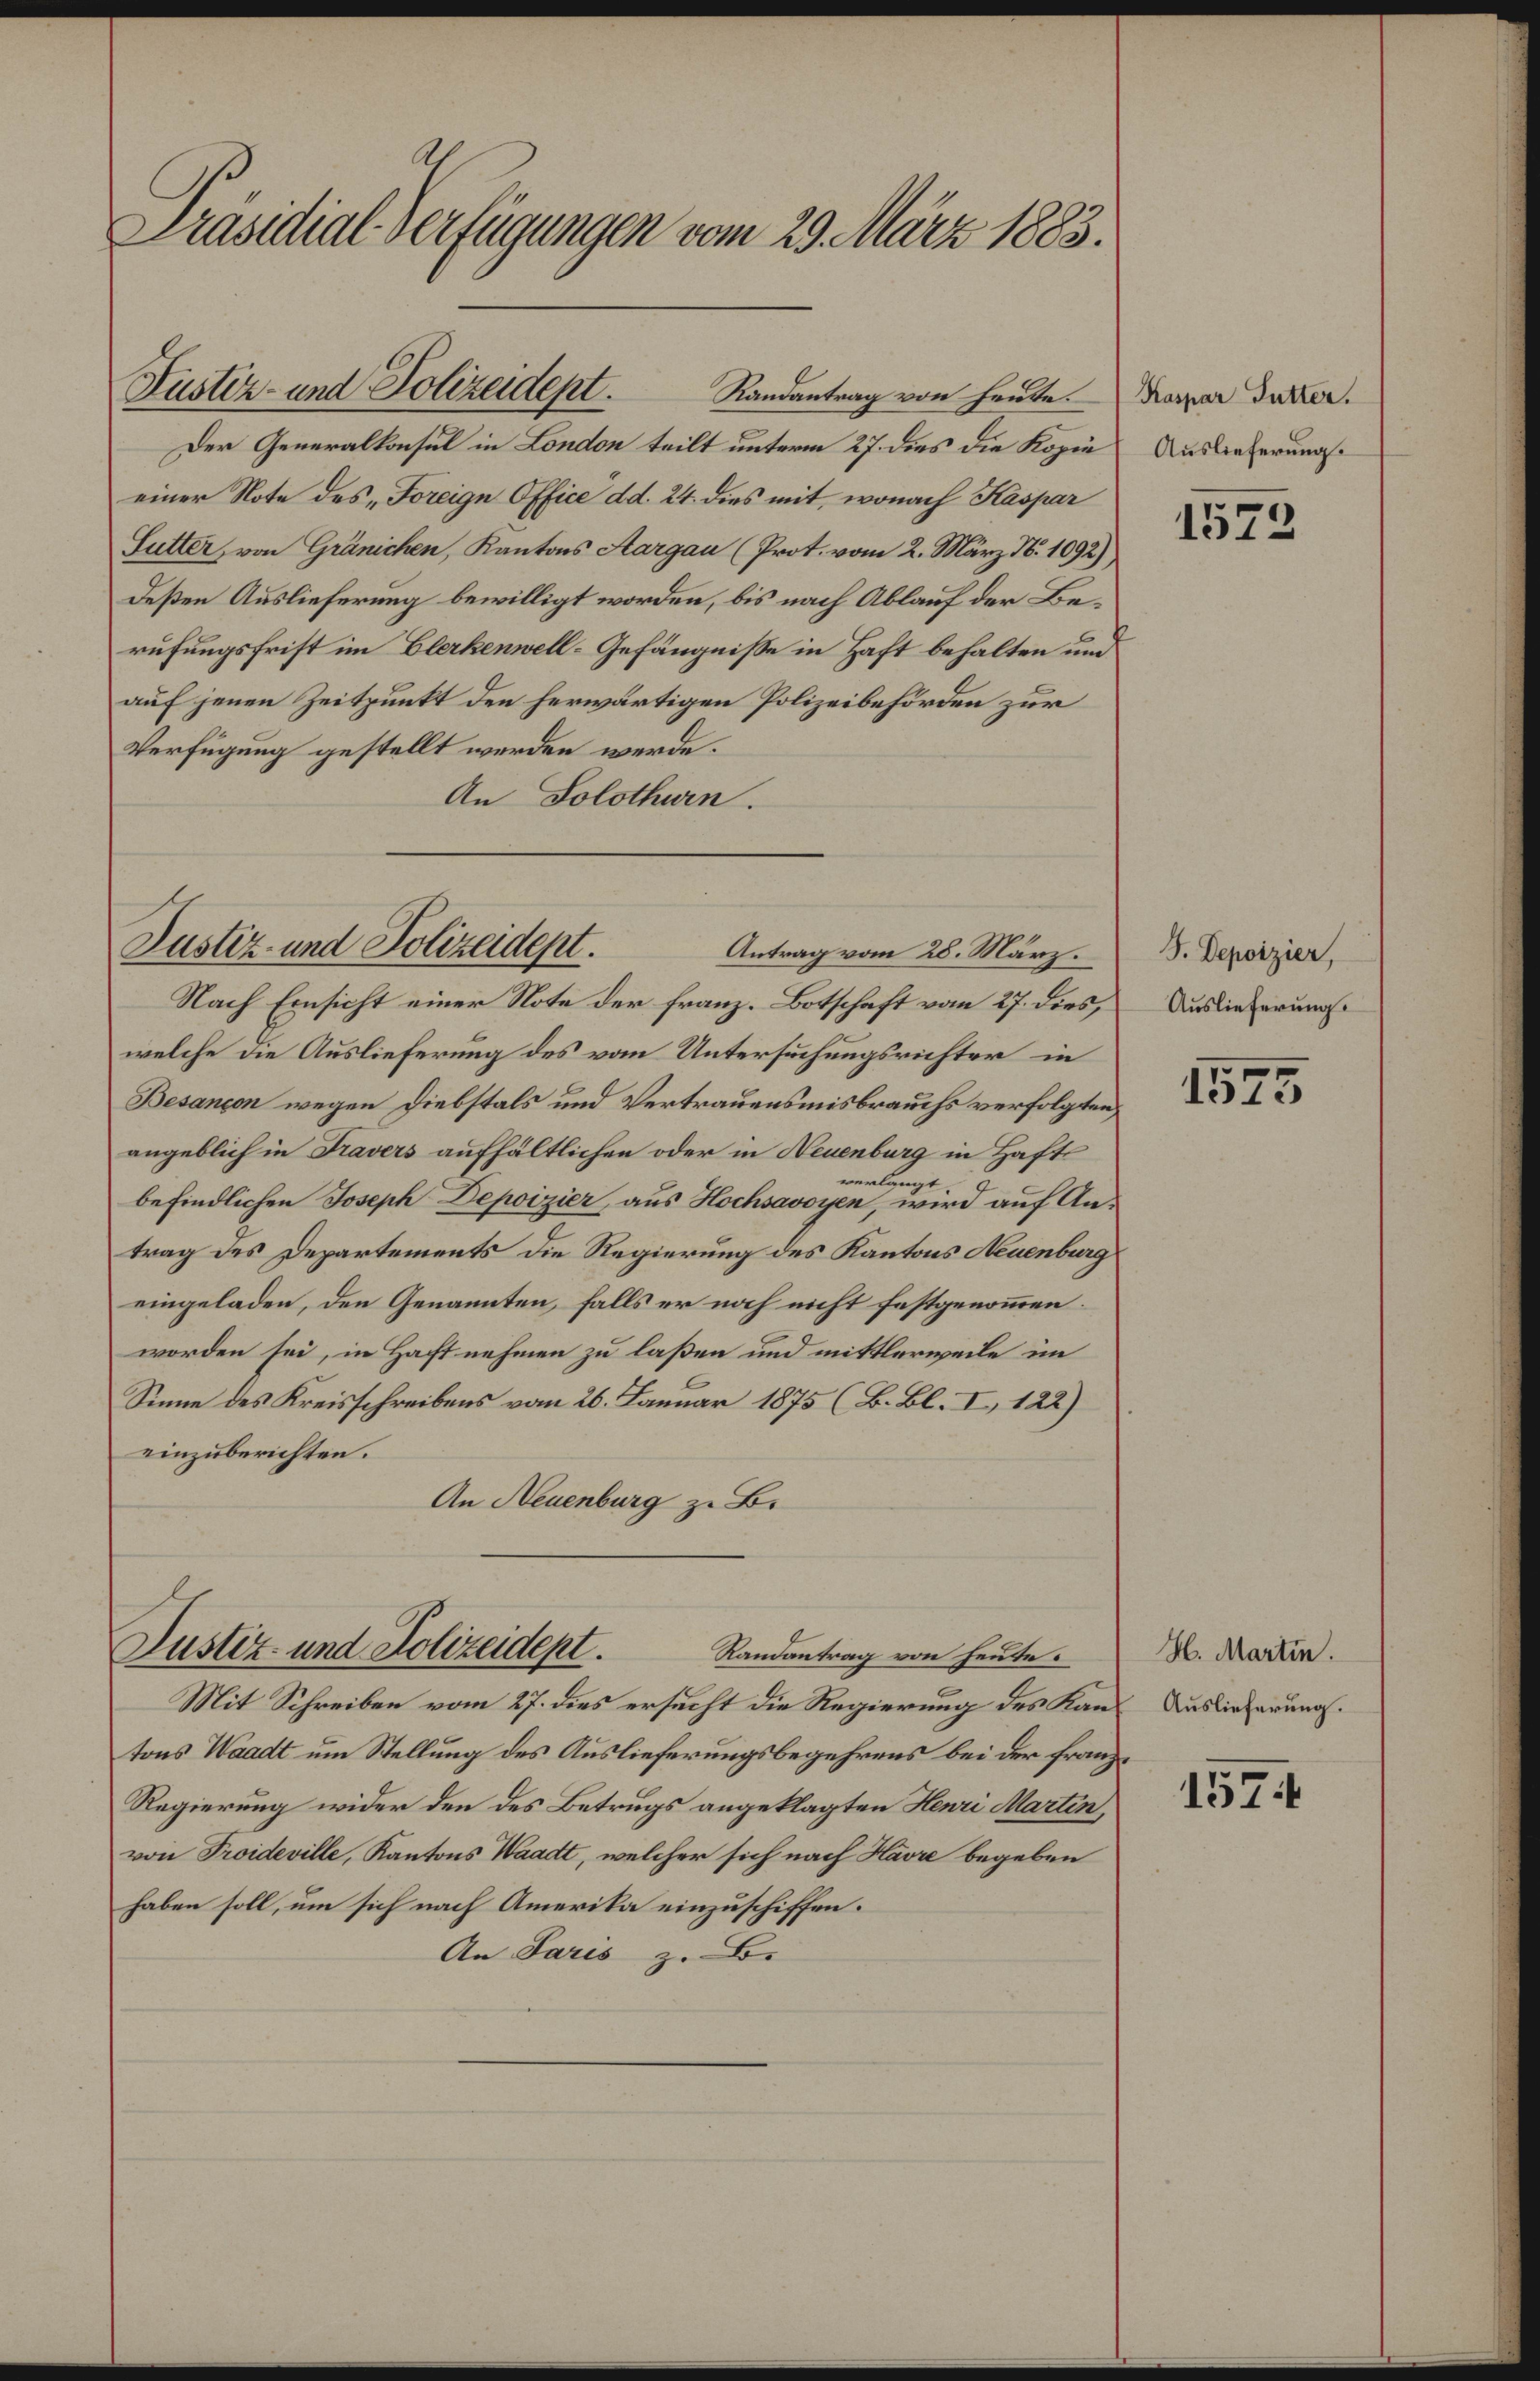
Präsidial-Verfügungen vom 29. März 1883.

Der Generalkonsul in London teilt unterm 27. dies die Kopie
einer Note des „Foreige Office d d. 24. dies mit, wonach Kaspar
Sutter, von Gränichen, Kantons Aargau (Prot. vom 2. März N. 1092)
Deßen Auslieferung bewilligt worden, bis nach Ablauf der Berufungsfrist im Elerkenwell-Gefängnisse in Haft behalten und
auf jenen Zeitpunkt den herwärtigen Polizeibehörden zur
Verfügung gestellt werden werde.
An Solothurn.

Justiz- und Polizeidept. Randantrag von heute.

Justiz- und Polizeidept.
Antrag vom 28. März.

Nach Einsicht einer Note der franz. Botschaft vom 27. dies,
welche die Auslieferung des vom Untersuchungsrichter in
Besançon wegen Diebstals und Vertrauensmisbrauchs verfolgten,
angeblich in Fravers aufhältlichen oder in Neuenburg in Hafts
verlangt.
befindlichen Joseph Depoizier, aus Hochsavoyen, wird auf Antrag des Departements die Regierung des Kantons Neuenburg
eingeladen, den Genannten, falls er noch nicht festgenommen.
worden sei, in Haft nehmen zu laßen und mittlerweile im
Sinne des Kreisschreibens vom 26. Januar 1875 (B. Bl. I 122)
einzuberichten.
An Neuenburg z. B.

tons Waadt um Stellung des Auslieferungsbegehrens bei der Franz¬
Regierung wider den des Betrugs angeklagten Henri Martin,
von Proideville, Kantons Waadt, welcher sich nach Havre begeben
haben soll, um sich nach Amerika einzuschiffen.
An Paris z. B.

Justiz- und Polizeidept.
Randantrag von heute.
Mit Schreiben vom 27. dies ersucht die Regierung des Kan Auslieferung.

Kaspar Futter.
Auslieferung.

1572

J. Depoizier,
Auslieferung.

1575

H. Martin.

157